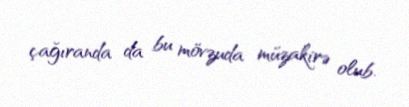
çağıranda da bu mövzuda müzakirə olub.